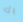
بك